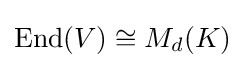
\mathrm {End} (V)\cong M_{d}(K)